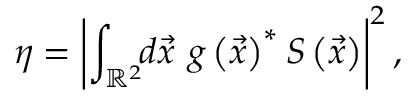
\eta = \left| \int _ { \mathbb { R } ^ { 2 } } \! \! d \vec { x } \ g \left( \vec { x } \right) ^ { \ast } S \left( \vec { x } \right) \right| ^ { 2 } ,